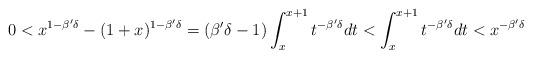
LaTeX: \begin{align*}0<x^{1-\beta'\delta}-(1+x)^{1-\beta'\delta}=(\beta'\delta-1)\int^{x+1}_x t^{-\beta'\delta} dt<\int^{x+1}_x t^{-\beta'\delta} dt<x^{-\beta'\delta}\end{align*}